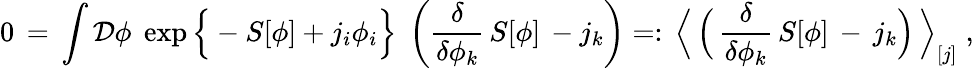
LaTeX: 0\, =\, \int{\mathcal D}\phi\; \exp\Big\{ -S[\phi]+j_{i}\phi_{i}\Big\} \; \left(\frac{\delta}{\delta\phi_{k}}\, S[\phi]\, -j_{k}\right)=:\, \Big\langle\, \Big(\, \frac{\delta}{\delta\phi_{k}}\, S[\phi]\, -\, j_{k}\Big)\, \Big\rangle_{[j]}\; ,